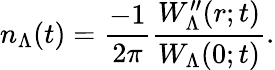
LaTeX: n_{\Lambda}(t)=\frac{-1}{2\pi}\frac{W_{\Lambda}^{\prime\prime}(r;t)}{W_{\Lambda}(0;t)}.